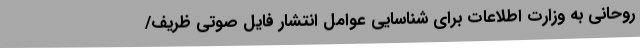
روحانی به وزارت اطلاعات برای شناسایی عوامل انتشار فایل صوتی ظریف/